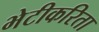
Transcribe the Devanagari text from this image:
भेटीकरिता